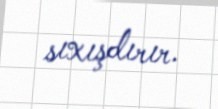
sıxışdırır.